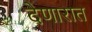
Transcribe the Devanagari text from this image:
देणारात